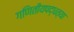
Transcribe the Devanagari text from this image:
गणितीयपद्धत्या